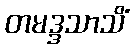
တမဒ္ဒသာသိံ